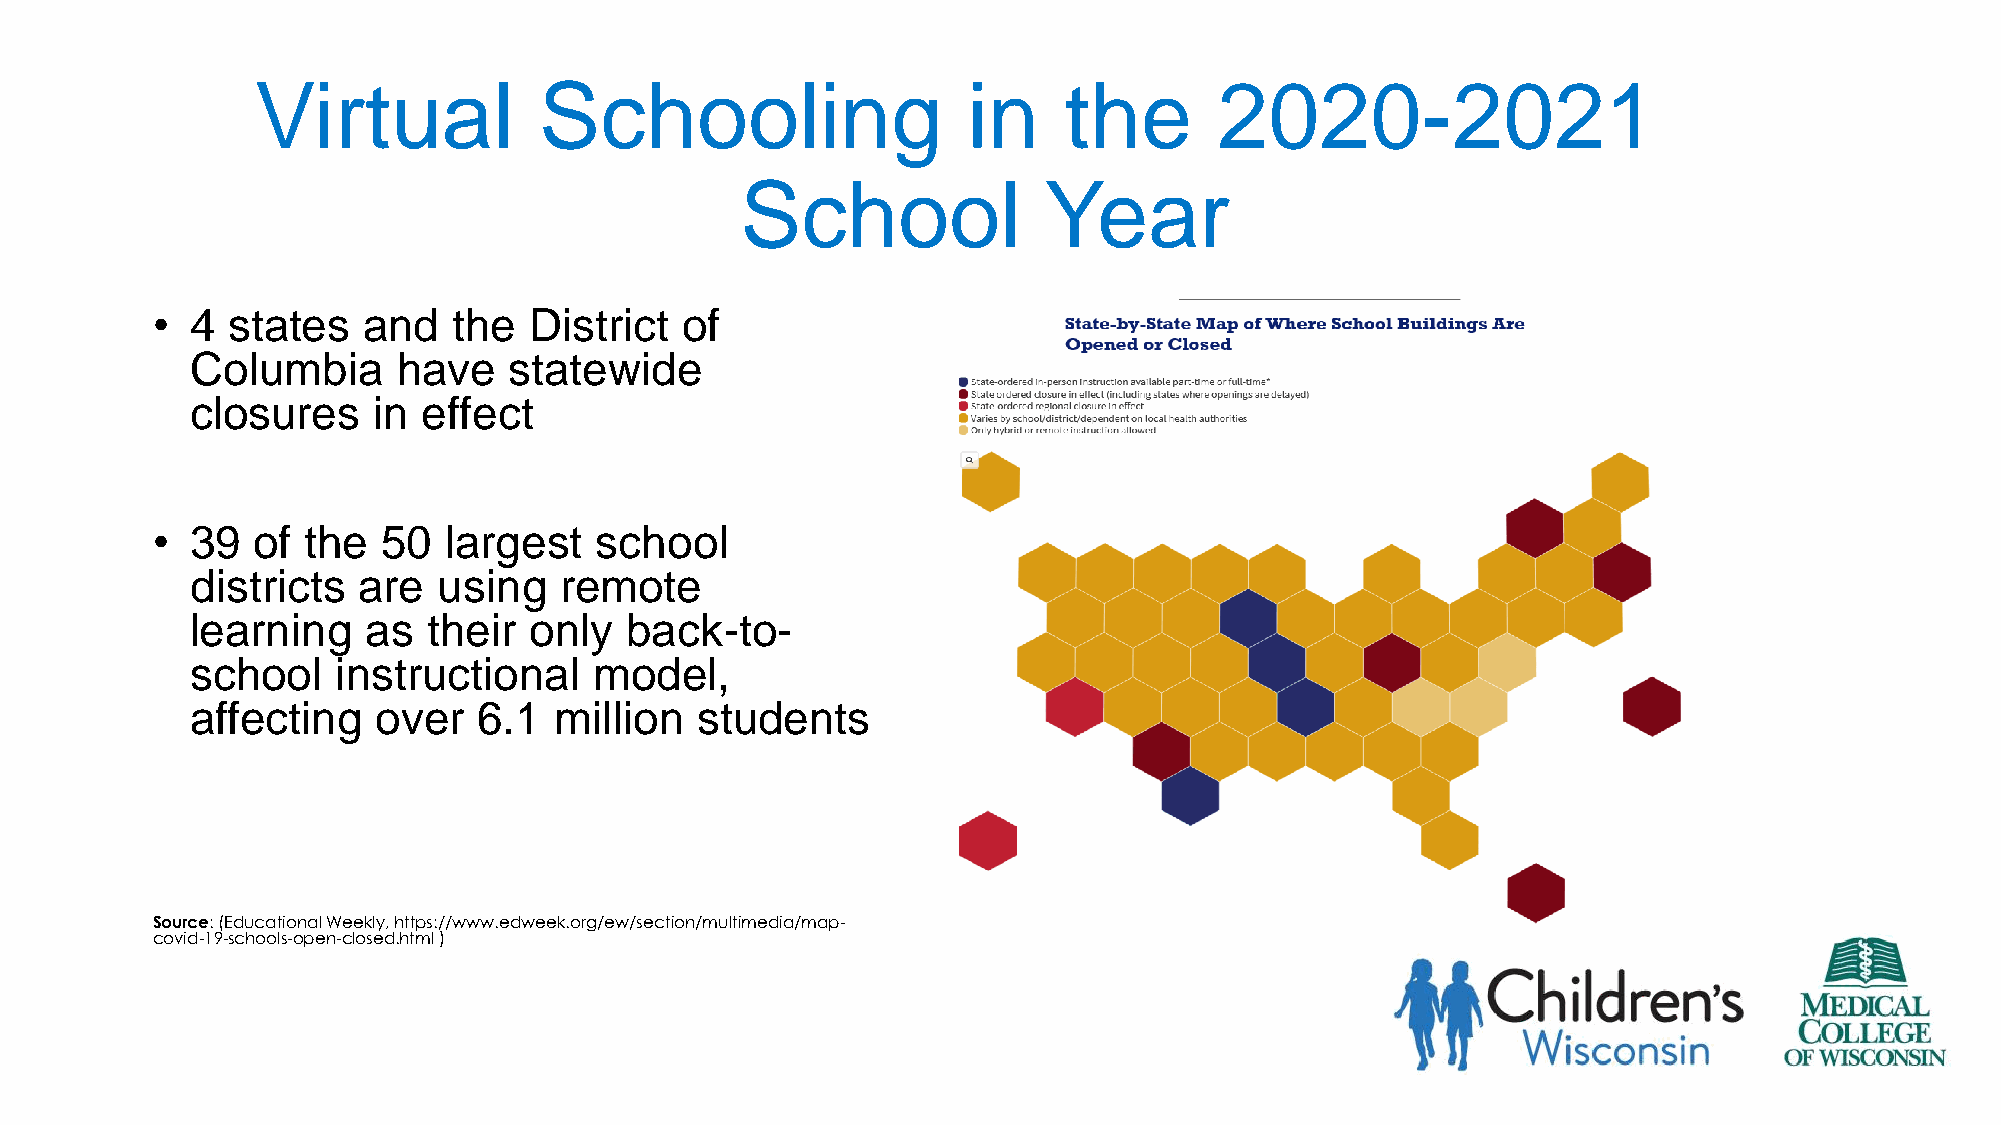
Virtual            Schooling                   in    the        2020-2021
 School              Year
 •  4 states   and   the  District  of
 Columbia     have    statewide
 closures    in effect
 •  39  of the  50  largest   school
 districts  are  using   remote
 learning   as  their  only  back-to-
 school   instructional    model,
 affecting   over   6.1  million  students
 Source: (Educational Weekly, https://www.edweek.org/ew/section/multimedia/map-
 covid-19-schools-open-closed.html )